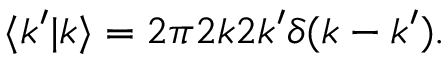
\langle k ^ { \prime } | k \rangle = 2 \pi 2 k 2 k ^ { \prime } \delta ( k - k ^ { \prime } ) .